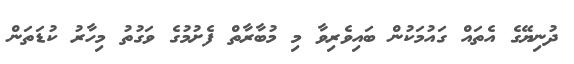
ދުނިޔޭގެ އެތައް ގައުމަކުން ބައިވެރިވާ މި މުބާރާތް ފެށުމުގެ ވަގުތު މިހާރު ކުޑަތަން